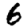
Digit: 6